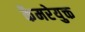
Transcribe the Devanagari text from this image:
कैमरेयुक्त